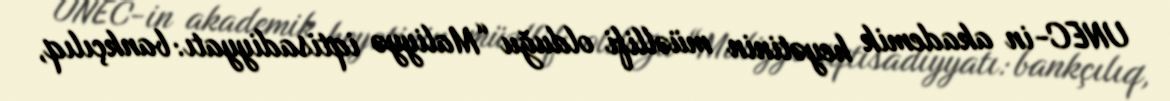
UNEC-in akademik heyətinin müəllifi olduğu “Maliyyə iqtisadiyyatı: bankçılıq,